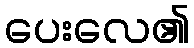
ပေးလေ၏